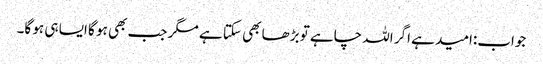
جواب:امید ہے اگر اللہ چاہے تو بڑھا بھی سکتا ہے مگر جب بھی ہو گا ایسا ہی ہو گا۔